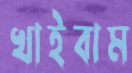
খাইবাম